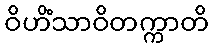
ဝိဟိံသာဝိတက္ကာတိ